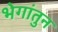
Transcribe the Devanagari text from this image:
भेगांतुन